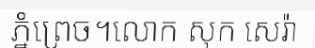
ភ្នំព្រេច។លោក សុក សេរ៉ា